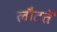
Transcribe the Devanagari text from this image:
लौटतें